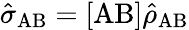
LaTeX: \hat{\sigma}_{\mathrm{AB}}=[\mathrm{AB}]\hat{\rho}_{\mathrm{AB}}